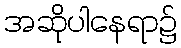
အဆိုပါနေရာ၌